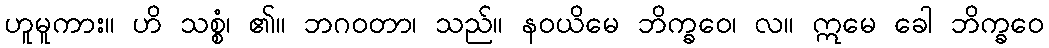
ဟူမူကား။ ဟိ သစ္စံ၊ ၏။ ဘဂဝတာ၊ သည်။ နဝယိမေ ဘိက္ခဝေ၊ လ။ ဣမေ ခေါ ဘိက္ခဝေ